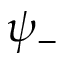
\psi _ { - }